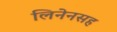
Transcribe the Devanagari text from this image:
लिनेनसह